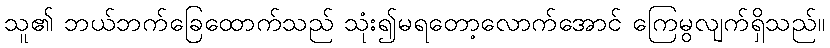
သူ၏ ဘယ်ဘက်ခြေထောက်သည် သုံး၍မရတော့လောက်အောင် ကြေမွလျက်ရှိသည်။